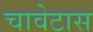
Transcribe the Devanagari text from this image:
चावेटास